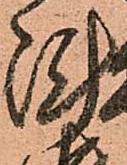
陣